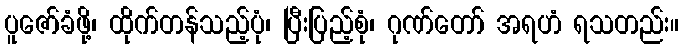
ပူဇော်ခံဖို့၊ ထိုက်တန်သည့်ပုံ၊ ပြီးပြည့်စုံ၊ ဂုဏ်တော် အရဟံ ရသတည်း။